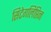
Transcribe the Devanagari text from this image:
सिटेगलिप्तिन